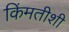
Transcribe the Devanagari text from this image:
किंमतीशी